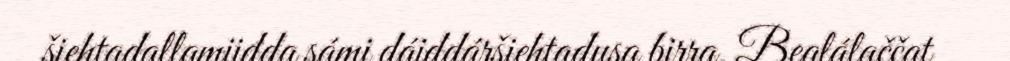
šiehtadallamiidda sámi dáiddáršiehtadusa birra. Bealálaččat